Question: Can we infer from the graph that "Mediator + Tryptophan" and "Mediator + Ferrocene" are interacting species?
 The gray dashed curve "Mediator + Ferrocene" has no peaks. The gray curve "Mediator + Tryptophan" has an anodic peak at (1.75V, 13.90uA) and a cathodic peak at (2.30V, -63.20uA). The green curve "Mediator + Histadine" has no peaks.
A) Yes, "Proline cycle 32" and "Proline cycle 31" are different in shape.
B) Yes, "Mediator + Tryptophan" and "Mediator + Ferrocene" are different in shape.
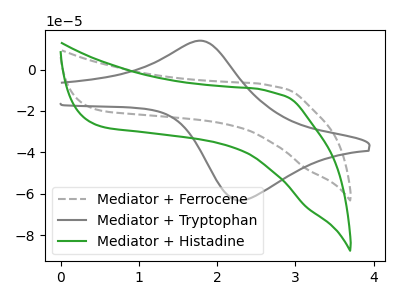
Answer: <think>"Mediator + Tryptophan" and "Mediator + Ferrocene" have a different number of peaks.
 </think>
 <answer>B) Yes, "Mediator + Tryptophan" and "Mediator + Ferrocene" are different in shape.</answer>
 <eval>B</eval>